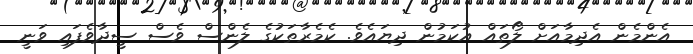
އެންމެން އެދިމާއަށް ލޯތައް އުކަމުން ދިޔައެވެ. ކެމެރާތަކުގެ ލެންސް ވެސް ސީދާވެފައި ވަނީ